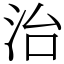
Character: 治